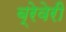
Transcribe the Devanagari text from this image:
ब्रेवेरी